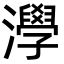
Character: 㶅